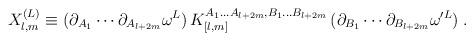
LaTeX: \begin{align*}X_{l,m}^{(L)} \equiv (\partial_{A_1} \cdots \partial_{A_{l+2m}} \omega^L ) \, K_{[l,m]}^{A_1\dots A_{l+2m},B_1\dots B_{l+2m}} \, (\partial_{B_1} \cdots \partial_{B_{l+2m}} \omega^{\prime L} ) \;.\end{align*}